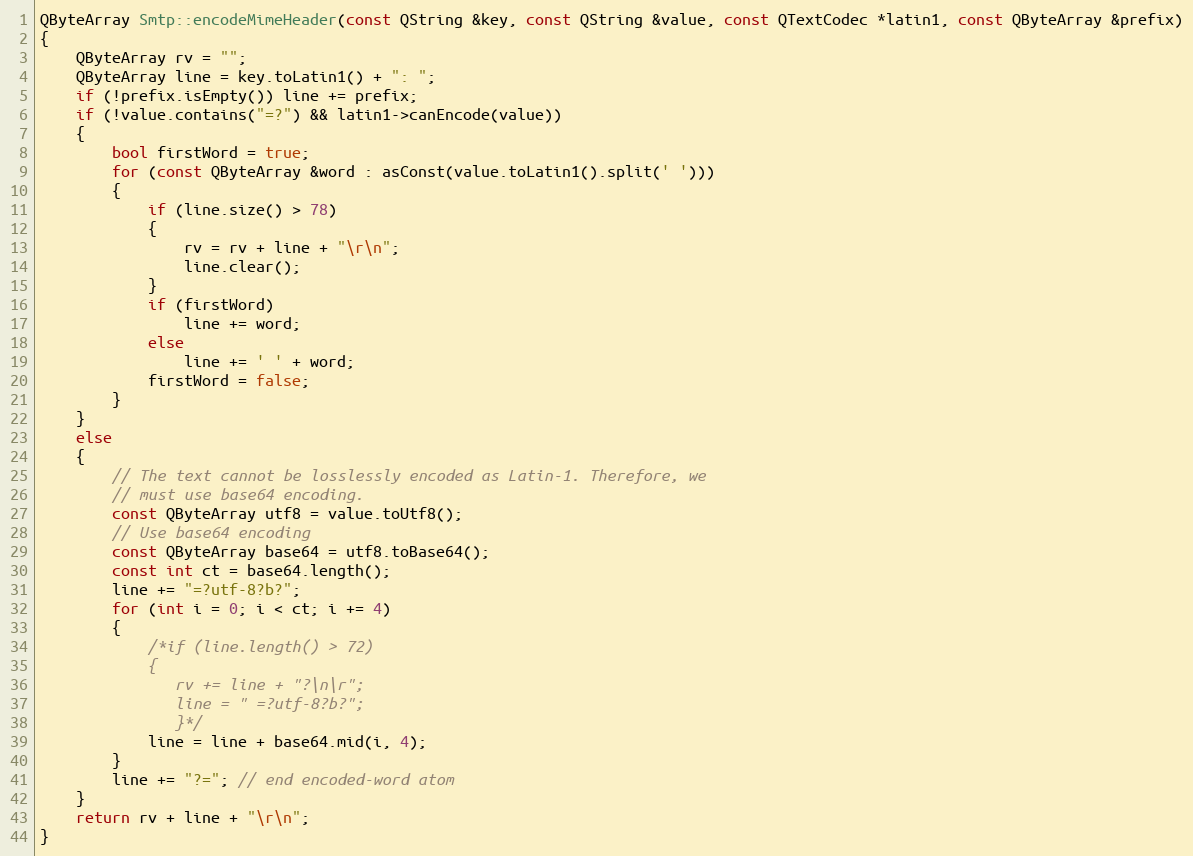
Language: C++
QByteArray Smtp::encodeMimeHeader(const QString &key, const QString &value, const QTextCodec *latin1, const QByteArray &prefix)
{
    QByteArray rv = "";
    QByteArray line = key.toLatin1() + ": ";
    if (!prefix.isEmpty()) line += prefix;
    if (!value.contains("=?") && latin1->canEncode(value))
    {
        bool firstWord = true;
        for (const QByteArray &word : asConst(value.toLatin1().split(' ')))
        {
            if (line.size() > 78)
            {
                rv = rv + line + "\r\n";
                line.clear();
            }
            if (firstWord)
                line += word;
            else
                line += ' ' + word;
            firstWord = false;
        }
    }
    else
    {
        // The text cannot be losslessly encoded as Latin-1. Therefore, we
        // must use base64 encoding.
        const QByteArray utf8 = value.toUtf8();
        // Use base64 encoding
        const QByteArray base64 = utf8.toBase64();
        const int ct = base64.length();
        line += "=?utf-8?b?";
        for (int i = 0; i < ct; i += 4)
        {
            /*if (line.length() > 72)
            {
               rv += line + "?\n\r";
               line = " =?utf-8?b?";
               }*/
            line = line + base64.mid(i, 4);
        }
        line += "?="; // end encoded-word atom
    }
    return rv + line + "\r\n";
}